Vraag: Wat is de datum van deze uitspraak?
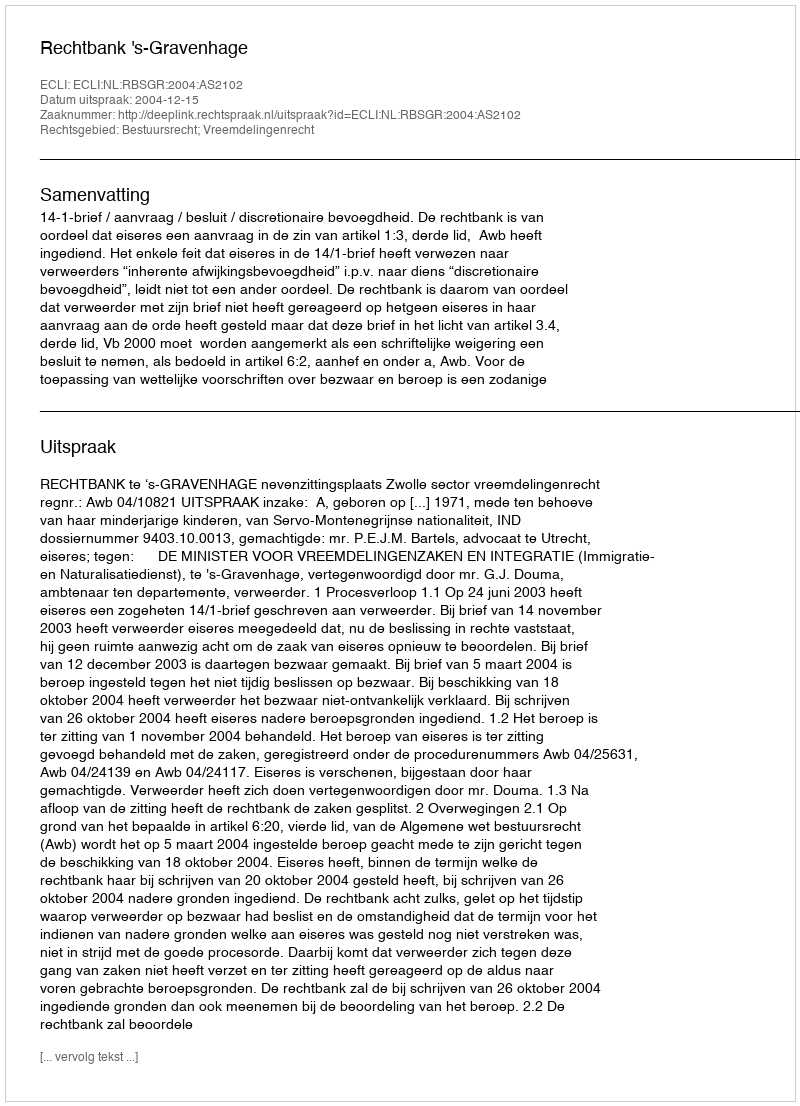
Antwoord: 2004-12-15